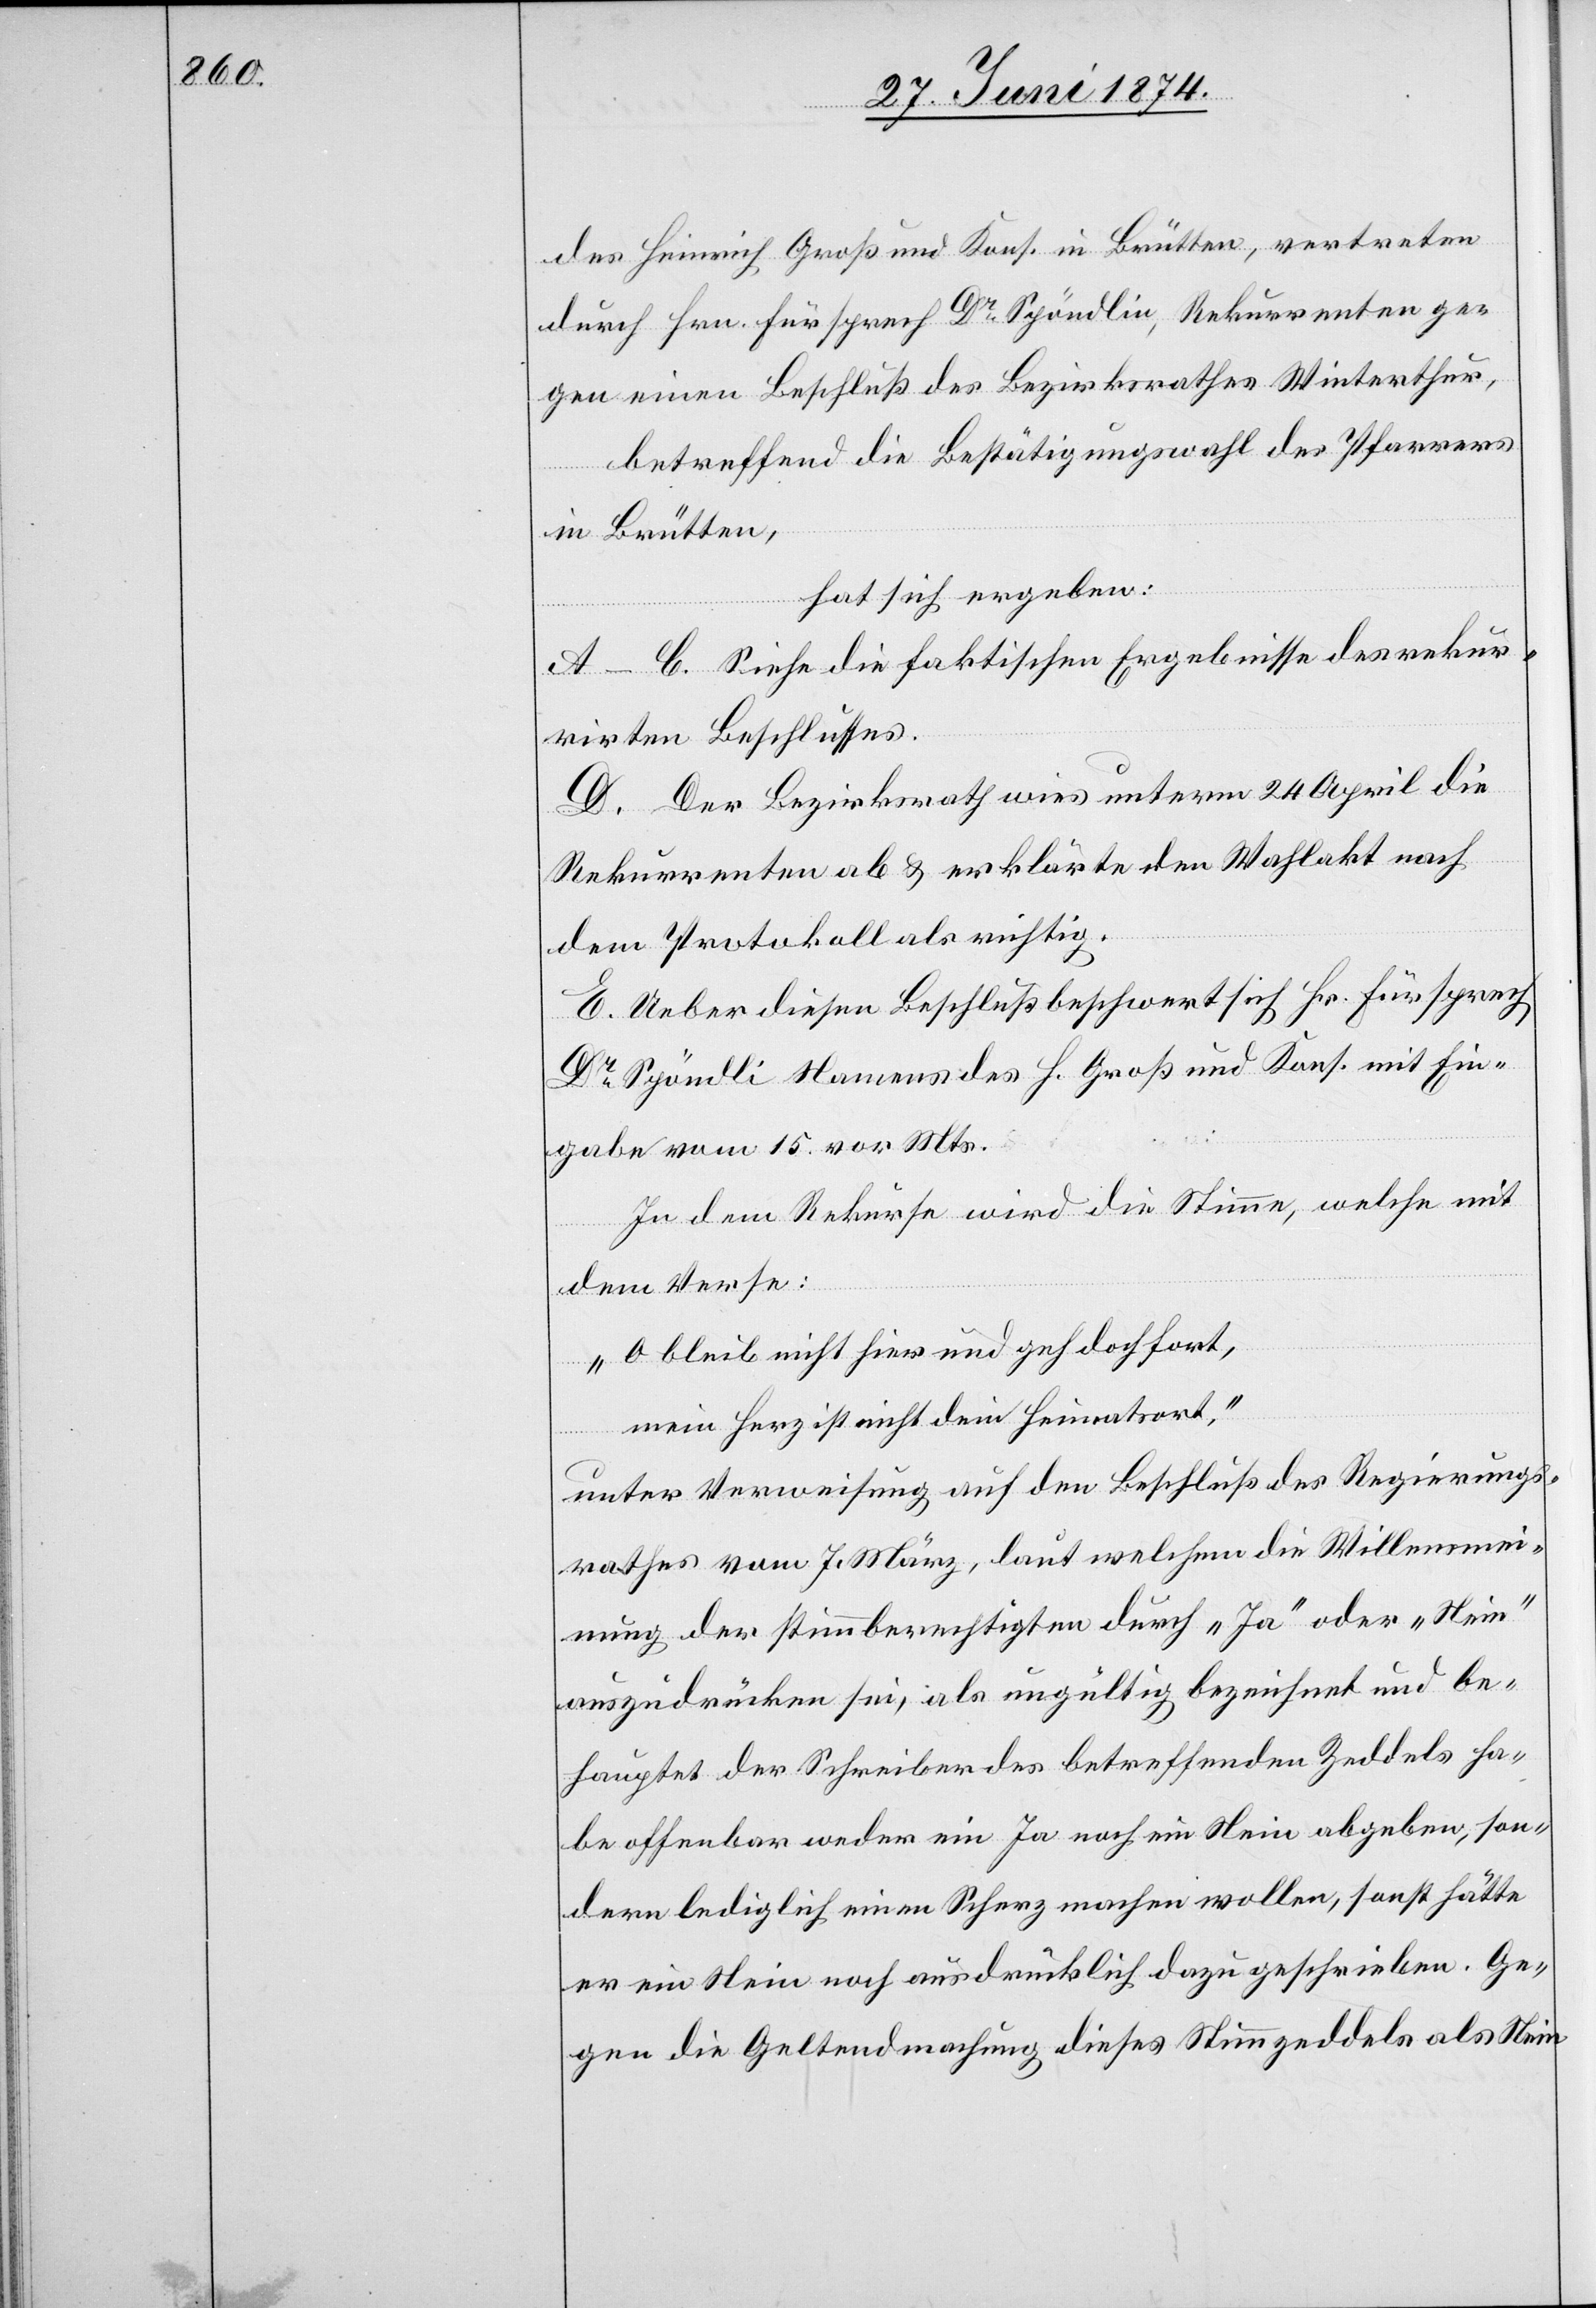
des Heinrich Groß und Kons. in Brütten, vertreten
durch Hrn. Fürsprech Dr Spöndlin, Rekurrenten ge¬
gen einen Beschluß des Bezirksrathes Winterthur,
betreffend die Bestätigungswahl des Pfarrers
in Brütten,
hat sich ergeben:
A–C. Siehe die faktischen Ergebnisse des rekur¬
rirten Beschlusses.
D. Der Bezirksrath wies unterm 24. April die
Rekurrenten ab u. erklärte den Wahlakt nach
dem Protokoll als richtig.
E. Ueber diesen Beschluß beschwert sich Hr. Fürsprech
Dr Spöndli [sic!] Namens des H. Groß und Kons. mit Ein¬
gabe vom 15. vor. Mts.
In dem Rekurse wird die Stimme, welche mit
dem Verse:
„O bleib nicht hier und geh doch fort,
mein Herz ist nicht dein Heimatsort.“
unter Verweisung auf den Beschluß des Regierungs¬
rathes vom 7. März, laut welchem die Willensmei¬
nung der Stimmberechtigten durch „Ja“ oder „Nein“
auszudrücken sei, als ungültig bezeichnet und be¬
hauptet der Schreiber des betreffenden Zeddels ha¬
be offenbar weder ein Ja noch ein Nein abgeben, son¬
dern lediglich einen Scherz machen wollen, sonst hätte
er ein Nein noch ausdrücklich dazu geschrieben. Ge¬
gen die Geltendmachung dieses Stimmzeddels als Nein